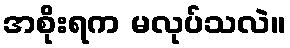
အစိုးရက မလုပ်သလဲ။